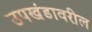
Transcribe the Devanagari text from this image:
उपखंडावरील